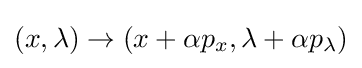
(x,\lambda )\to (x+\alpha p_{x},\lambda +\alpha p_{\lambda })